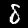
Label: 8